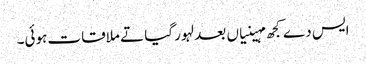
ایس دے کجھ مہینیاں بعد لہور گیا تے ملاقات ہوئی۔